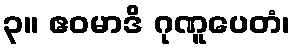
၃။ ဧဝမာဒိ ဂုဏူပေတံ၊